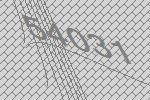
54031